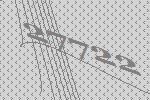
27722